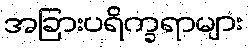
အခြားပရိက္ခရာများ